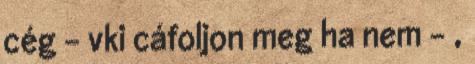
cég - vki cáfoljon meg ha nem - ,